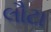
લૌટા